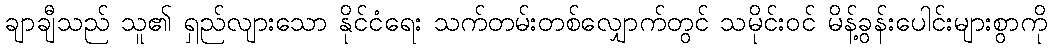
ချာချီသည် သူ၏ ရှည်လျားသော နိုင်ငံရေး သက်တမ်းတစ်လျှောက်တွင် သမိုင်းဝင် မိန့်ခွန်းပေါင်းများစွာကို